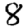
Digit: 8